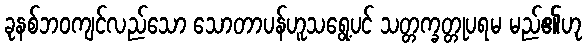
ခုနစ်ဘဝကျင်လည်သော သောတာပန်ဟူသရွေ့ပင် သတ္တက္ခတ္တုပရမ မည်၏ဟု